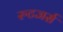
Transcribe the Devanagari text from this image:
रुटजर्स